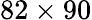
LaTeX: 82\times 90